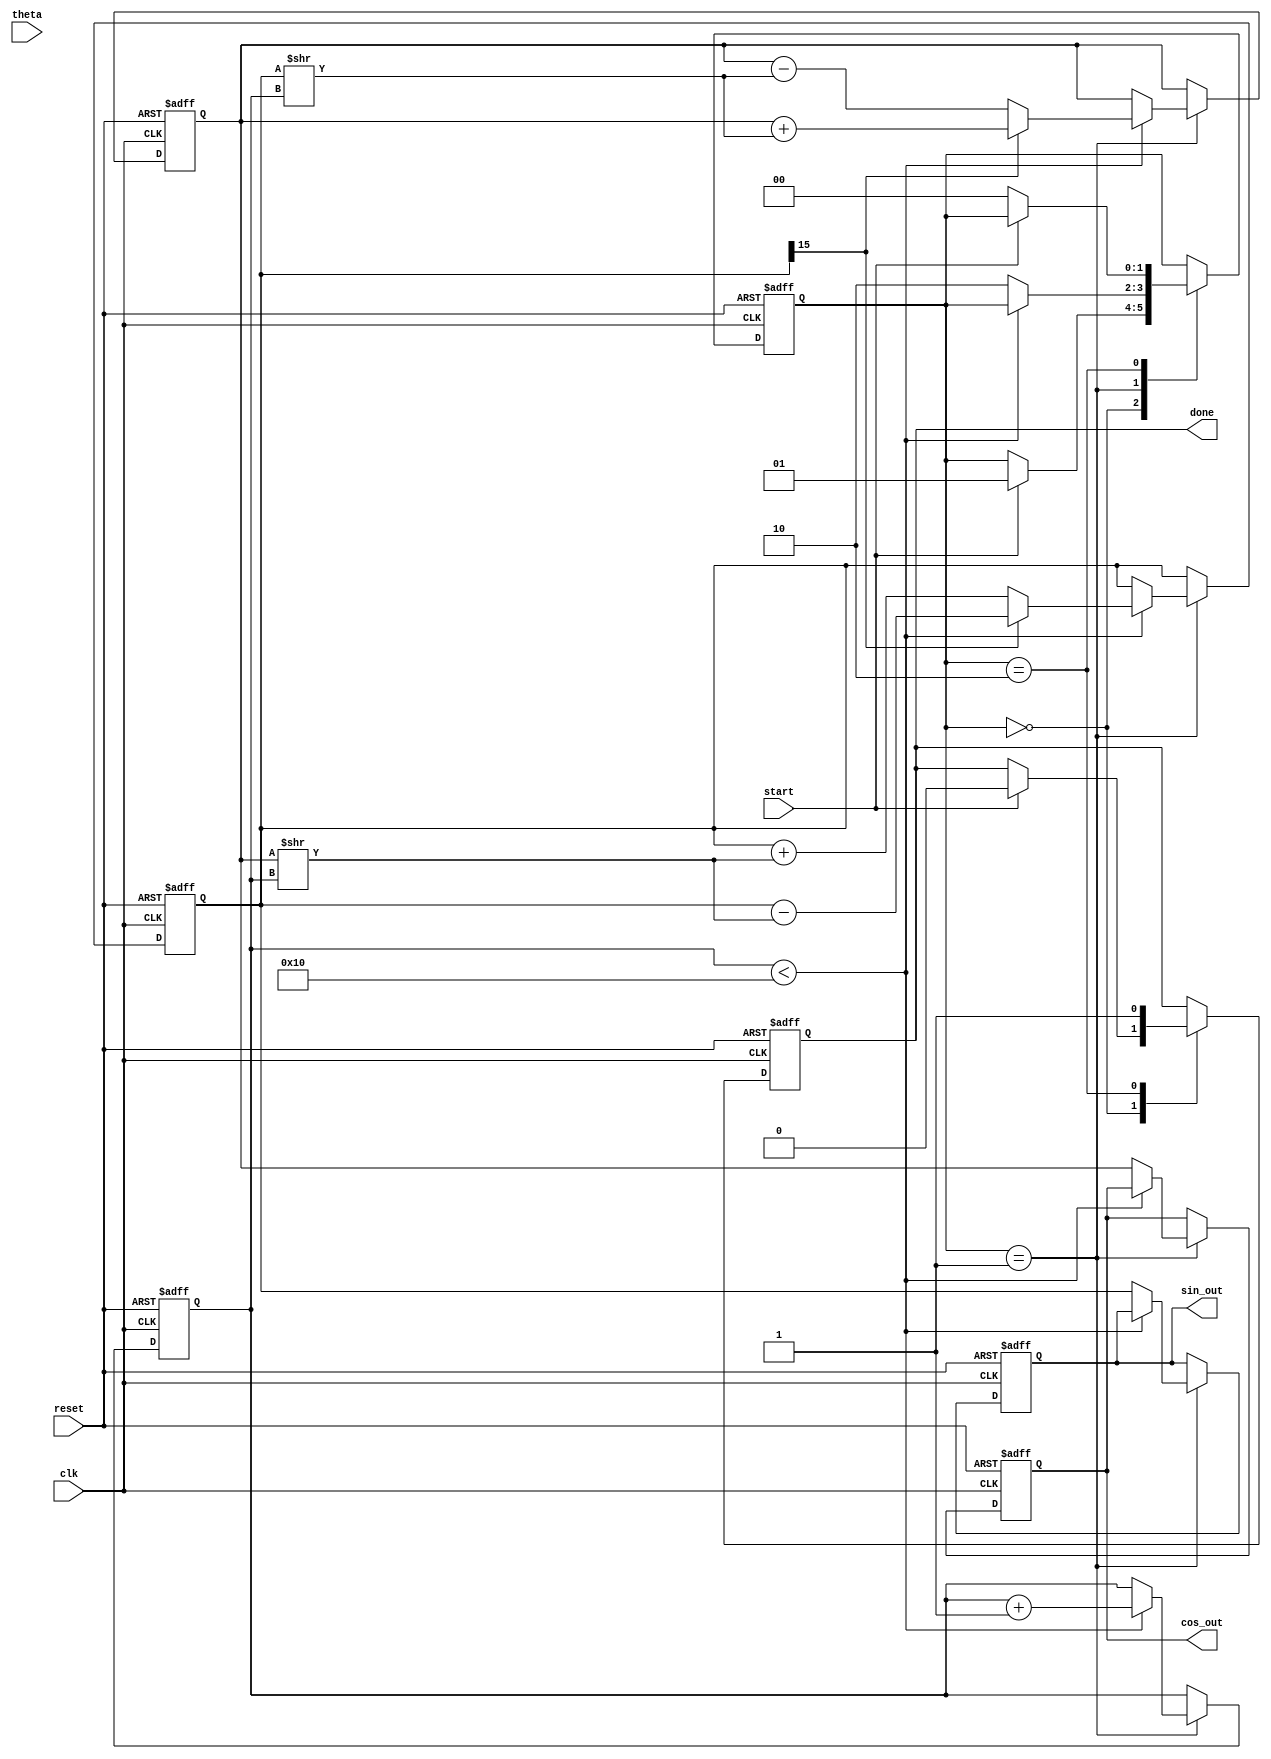
module cordic_angle_based (
    input wire clk,
    input wire reset,
    input wire start,
    input wire [15:0] theta, // Input angle in radians (fixed-point)
    output reg [15:0] sin_out, // Sine output (fixed-point)
    output reg [15:0] cos_out, // Cosine output (fixed-point)
    output reg done // Done signal
);

    parameter NUM_ITERATIONS = 16; // Number of CORDIC iterations
    parameter FIXED_POINT_SCALE = 16'h2000; // Scaling factor (2^13 for 16-bit fixed point)

    reg [15:0] x_reg;
    reg [15:0] y_reg;
    reg [15:0] angle_reg;
    reg [3:0] iteration_counter;
    reg [1:0] state; // State: 0 = idle, 1 = computing, 2 = done

    // CORDIC angle lookup table for arctan(2^-i)
    reg [15:0] angle_table [0:NUM_ITERATIONS-1];
    initial begin
        angle_table[0] = 16'h2000;  // atan(1) = /4
        angle_table[1] = 16'h1333;  // atan(1/2) = /6
        angle_table[2] = 16'h0A3D;  // atan(1/4) = /8
        angle_table[3] = 16'h0511;  // atan(1/8) = /16
        // Fill in the rest of the angle values...
        // ...
        angle_table[NUM_ITERATIONS-1] = 16'h0001; // Smallest angle
    end

    // State machine
    always @(posedge clk or posedge reset) begin
        if (reset) begin
            x_reg <= FIXED_POINT_SCALE; // Initialize X to 1.0
            y_reg <= 16'h0000; // Initialize Y to 0.0
            angle_reg <= theta; // Load input angle
            iteration_counter <= 4'b0000; // Reset iteration counter
            state <= 2'b00; // Idle state
            done <= 1'b0; // Done signal low
            sin_out <= 16'h0000; // Clear sine output
            cos_out <= 16'h0000; // Clear cosine output
        end else begin
            case (state)
                2'b00: begin // Idle
                    if (start) begin
                        state <= 2'b01; // Transition to computing
                        done <= 1'b0; // Clear done signal
                    end
                end
                2'b01: begin // Computing
                    if (iteration_counter < NUM_ITERATIONS) begin
                        if (y_reg[15] == 1'b0) begin
                            // Rotate clockwise
                            x_reg <= x_reg - (y_reg >> iteration_counter);
                            y_reg <= y_reg + (x_reg >> iteration_counter);
                            angle_reg <= angle_reg - angle_table[iteration_counter];
                        end else begin
                            // Rotate counter-clockwise
                            x_reg <= x_reg + (y_reg >> iteration_counter);
                            y_reg <= y_reg - (x_reg >> iteration_counter);
                            angle_reg <= angle_reg + angle_table[iteration_counter];
                        end
                        iteration_counter <= iteration_counter + 1;
                    end else begin
                        // Finish computation
                        state <= 2'b10; // Transition to done
                        sin_out <= y_reg; // Output sine value
                        cos_out <= x_reg; // Output cosine value
                    end
                end
                2'b10: begin // Done
                    done <= 1'b1; // Assert done signal
                    if (!start) begin
                        state <= 2'b00; // Go back to idle
                    end
                end
            endcase
        end
    end
endmodule